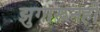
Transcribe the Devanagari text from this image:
झुगारूनही